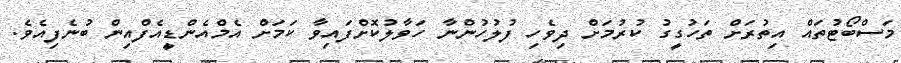
މަސްބޯޓުތައް އިތުރަށް ތަހުގީގު ކުރުމަށް ދިވެހި ފުލުހުންނާ ހަވާލުކޮށްފައިވާ ކަމަށް އެމްއެންޑީއެފްއިން ބުނެފިއެވެ.